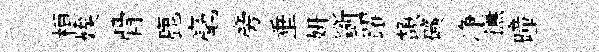
桓娭骨鹿毫旁垂妍斵躍頡礦净撫曈